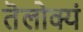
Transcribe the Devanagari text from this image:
तॆलोक्यं